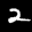
Label: 2